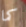
كما